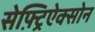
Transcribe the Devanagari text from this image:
सेफ़्ट्रिऐक्सोन